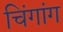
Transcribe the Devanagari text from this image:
चिंगांग